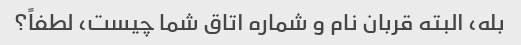
بله، البته قربان نام و شماره اتاق شما چیست، لطفاً؟